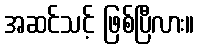
အဆင်သင့် ဖြစ်ပြီလား။